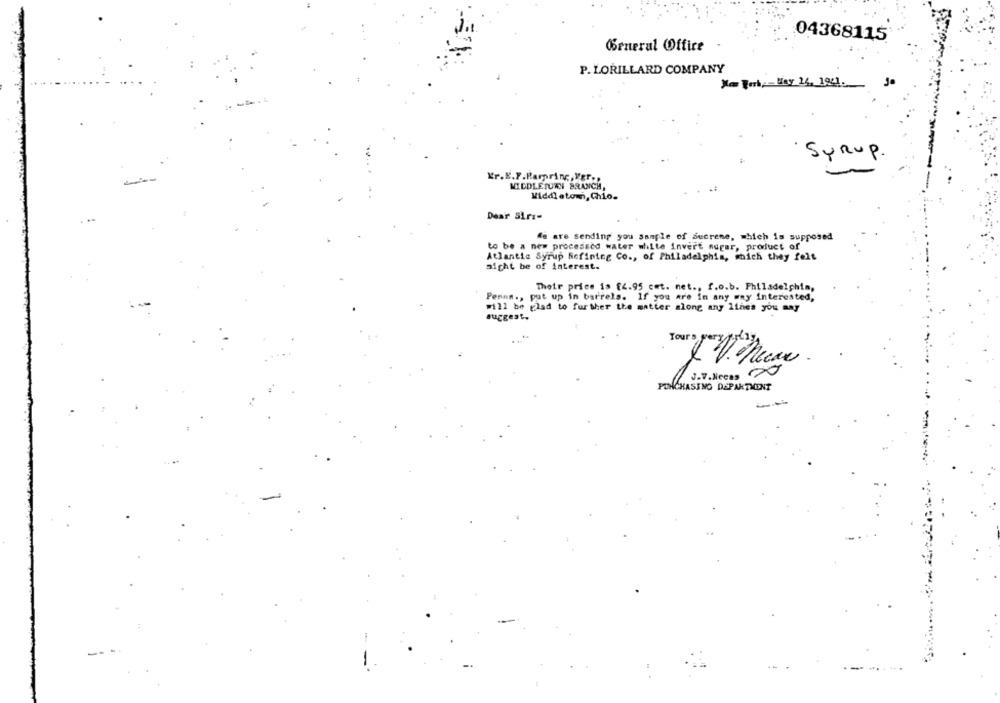
04368115
General Office
P. LORILLARD COMPANY
*Fork-Way 26, 1941.
SYRUP.
Kr.E.F.Parpring, Ver .,
MIDDLETURN BRANCH,
Middletom, Chio.
Dear Siri-
We are sending you sample of sucrene, which is supposed
to be a new processed water white invert sugar, product of
Atlantic Syrup Refining Co ., of Philadelphia, which they felt
aight be of interest.
Their price is f4.95 cet. net ., f.o.b. Philadelphia,
Penna ., put up in barrels. If you are in any way interested,
will be glad to further the matter along any lines you any
suggest.
Yours per
J.7.lecas 20
PURCHASING DEPARTMENT
--